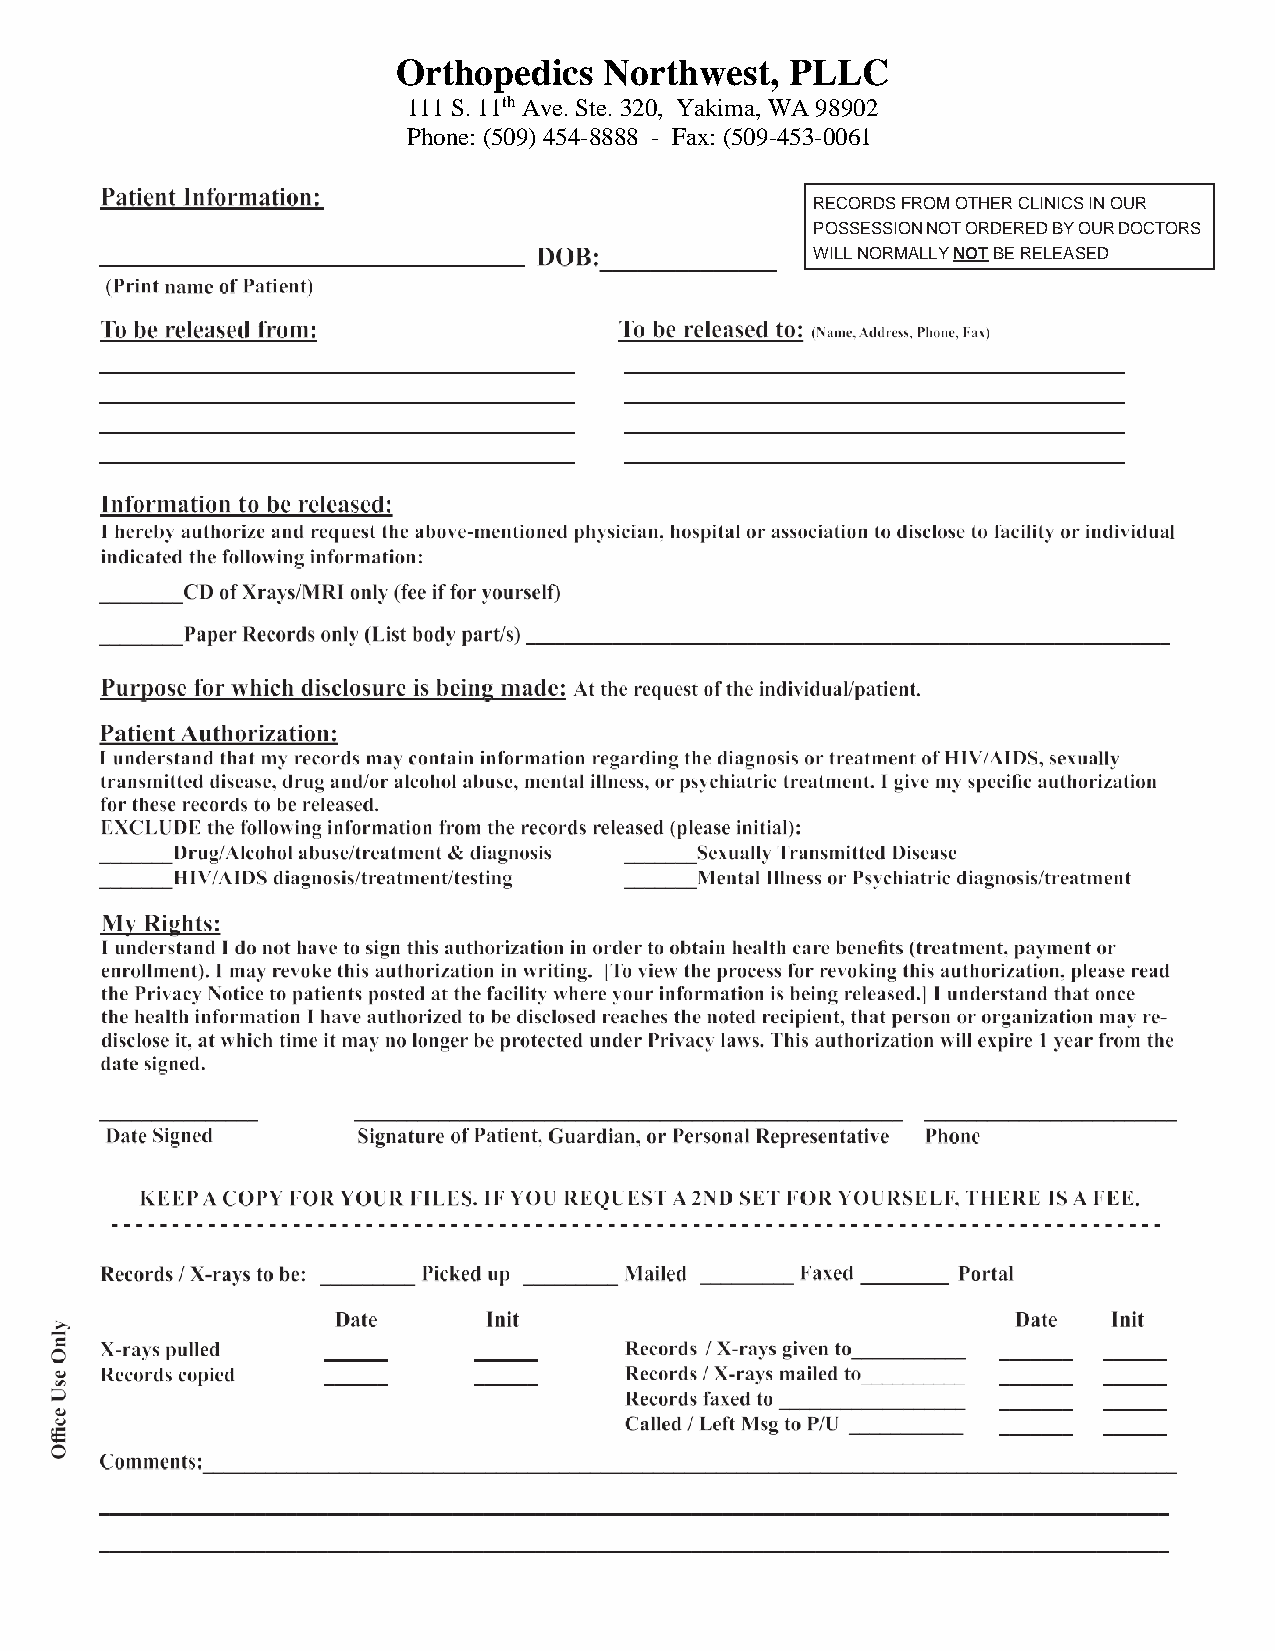
Orthopedics   Northwest,  PLLC
 111 S. 11th Ave. Ste. 320, Yakima, WA 98902
 Phone: (509) 454-8888 - Fax: (509-453-0061
 RECORDS FROM OTHER CLINICS IN OUR
 POSSESSION NOT ORDERED BY OUR DOCTORS
 WILL NORMALLY NOT BE RELEASED